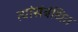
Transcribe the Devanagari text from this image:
त्यांसंबंधित